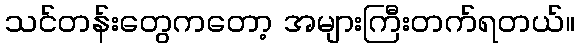
သင်တန်းတွေကတော့ အများကြီးတက်ရတယ်။